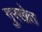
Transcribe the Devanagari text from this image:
गुरखेत